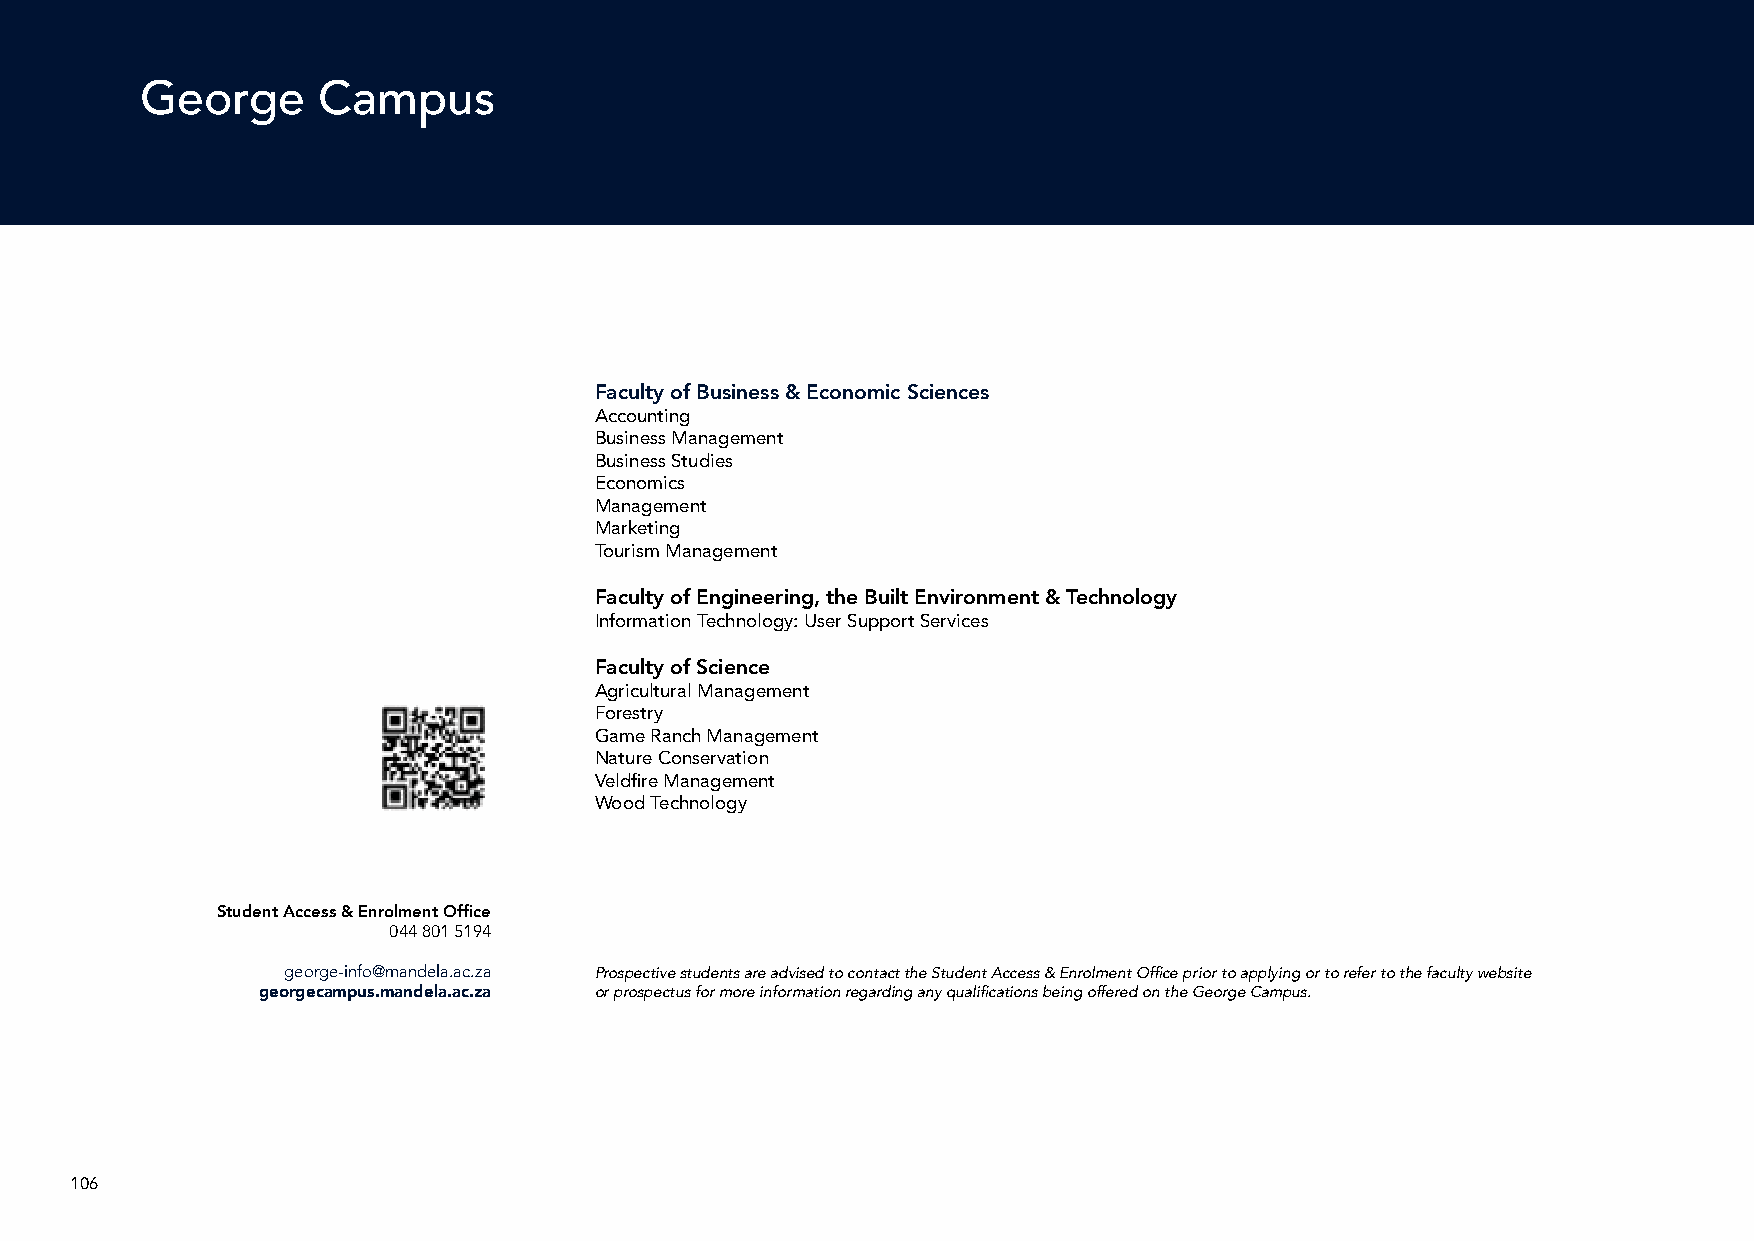
George      Campus
 Minimum Admission Requirements
 AS for
 Delivery mode   Technical AS for
 & duration of AS for Maths Maths
 Qualification Programme Overview study  Maths        Literacy  Subject Requirements Career Opportunities
 Faculty of Business & Economic Sciences
 Accounting
 Business Management
 Business Studies
 Economics
 Management
 Marketing
 Tourism Management
 Faculty of Engineering, the Built Environment & Technology
 Information Technology: User Support Services
 Faculty of Science
 Agricultural Management
 Forestry
 Game Ranch Management
 Nature Conservation
 Veldfire Management
 Wood Technology
 Student Access & Enrolment Office
 044 801 5194
 george-info@mandela.ac.za Prospective students are advised to contact the Student Access & Enrolment Office prior to applying or to refer to the faculty website
 georgecampus.mandela.ac.za or prospectus for more information regarding any qualifications being offered on the George Campus.
 106